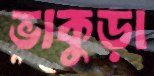
ভাকুড়া